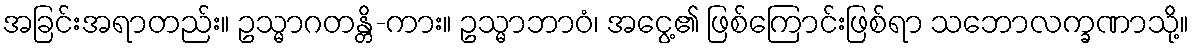
အခြင်းအရာတည်း။ ဥသ္မာဂတန္တိ-ကား။ ဥသ္မာဘာဝံ၊ အငွေ့၏ ဖြစ်ကြောင်းဖြစ်ရာ သဘောလက္ခဏာသို့။